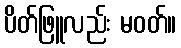
ပိတ်ဖြူလည်း မဝတ်။